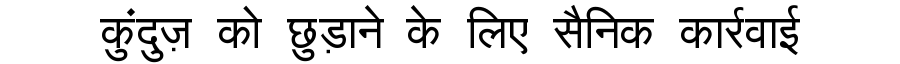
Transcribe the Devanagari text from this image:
कुंदुज़ को छुड़ाने के लिए सैनिक कार्रवाई